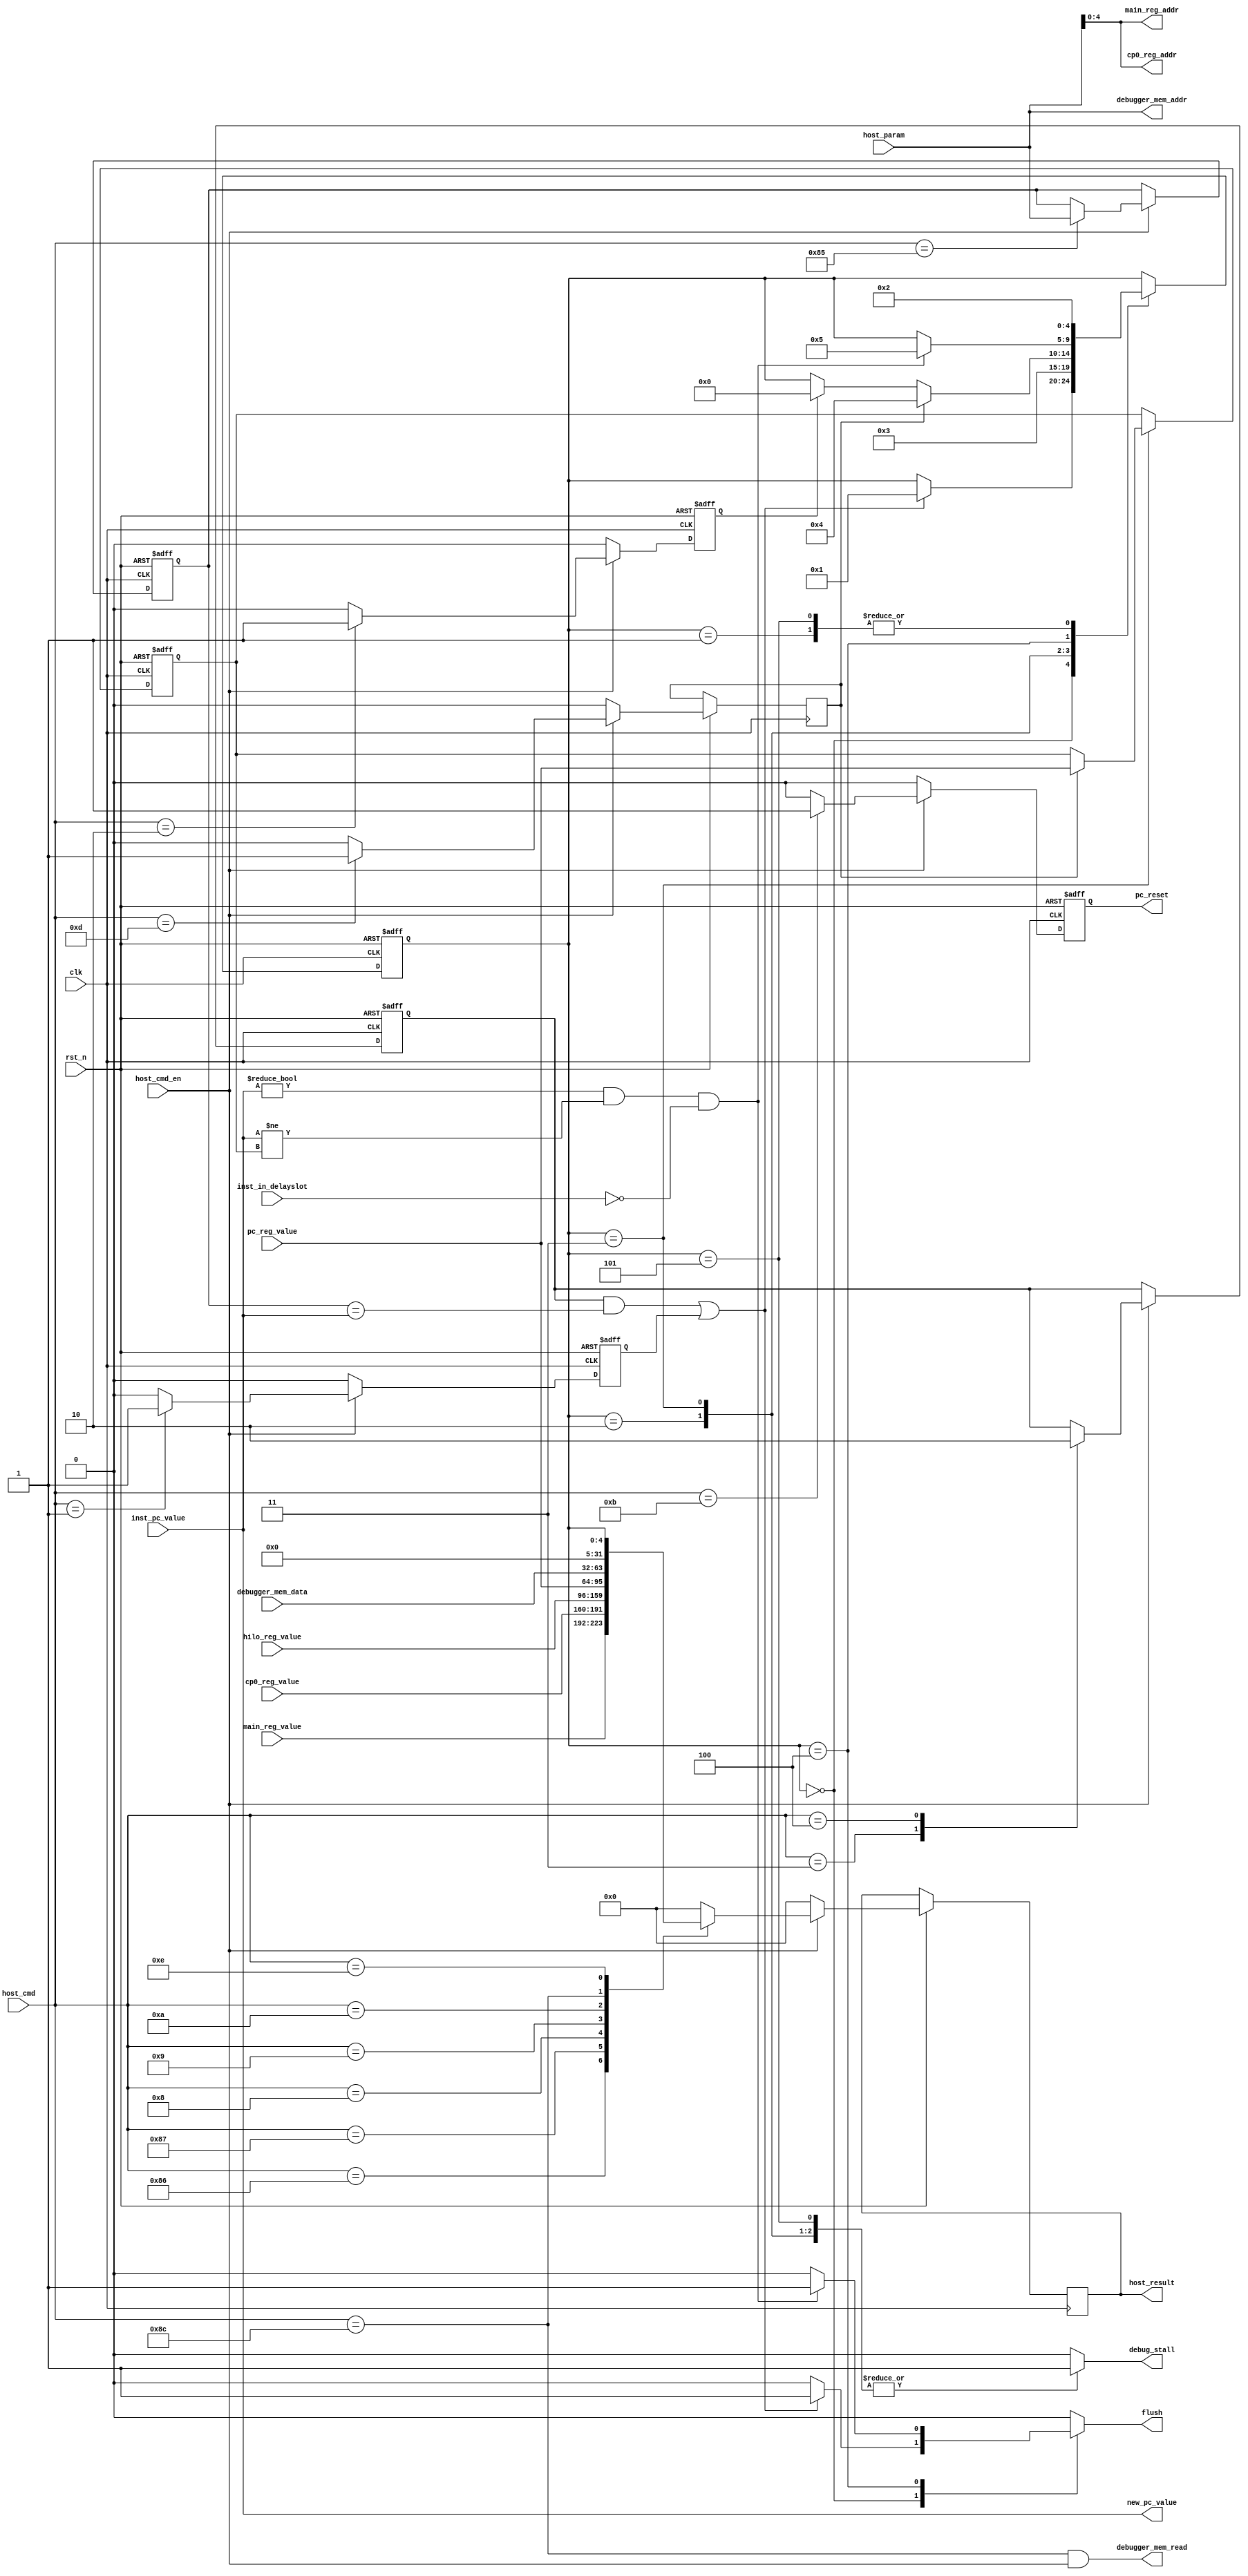
module dbg_ctl (/*autoport*/
//output
            new_pc_value,
            flush,
            debug_stall,
            main_reg_addr,
            cp0_reg_addr,
            pc_reset,
            debugger_mem_read,
            debugger_mem_addr,
            host_result,
//input
            clk,
            rst_n,
            inst_pc_value,
            inst_in_delayslot,
            main_reg_value,
            cp0_reg_value,
            hilo_reg_value,
            pc_reg_value,
            debugger_mem_data,
            host_cmd,
            host_param,
            host_cmd_en);

`define DBG_RUN 5'd0
`define DBG_TRIGGER 5'd1
`define DBG_WAIT_PIPELINE 5'd2
`define DBG_STOPPED 5'd3
`define DBG_STEP 5'd4
`define DBG_STEP_DONE 5'd5

`define CMD_STOP 8'h1
`define CMD_CONT 8'h2
`define CMD_EN_BP 8'h3
`define CMD_DIS_BP 8'h4
`define CMD_SET_BP 8'h85
`define CMD_READ_REG 8'h86
`define CMD_READ_CP0 8'h87
`define CMD_READ_HI 8'h8
`define CMD_READ_LO 8'h9
`define CMD_READ_PC 8'ha
`define CMD_RESET 8'hb
`define CMD_READ_IMEM 8'h8c
`define CMD_STEP 8'h0d
`define CMD_QUERY 8'h0e

input wire clk;
input wire rst_n;

input wire[31:0] inst_pc_value;
input wire inst_in_delayslot;

output wire[31:0] new_pc_value;
output reg flush;

output reg debug_stall;

input wire[31:0] main_reg_value;
output wire[4:0] main_reg_addr;

input wire[31:0] cp0_reg_value;
output wire[4:0] cp0_reg_addr;

input wire[63:0] hilo_reg_value;

input wire[31:0] pc_reg_value;
output reg pc_reset;

output wire debugger_mem_read;
output wire[31:0] debugger_mem_addr;
input wire[31:0] debugger_mem_data;

input wire[7:0] host_cmd;
input wire[31:0] host_param;
input wire host_cmd_en;
output reg[31:0] host_result;

reg[31:0] breakpoint;
reg[31:0] last_pc;
reg breakpoint_en;
reg command_cont, command_stop, command_step;
reg[4:0] dbg_state;

assign cp0_reg_addr = host_param[4:0];
assign main_reg_addr = host_param[4:0];
assign debugger_mem_addr = host_param;
assign debugger_mem_read = host_cmd==`CMD_READ_IMEM && host_cmd_en;

always @(posedge clk or negedge rst_n) begin : proc_host
    if(~rst_n) begin
        breakpoint_en <= 1'b0;
        breakpoint <= 32'hffffffff;
        command_cont <= 1'b0;
        command_stop <= 1'b0;
        pc_reset <= 1'b0;
    end else begin 
        command_cont <= 1'b0;
        command_stop <= 1'b0;
        command_step <= 1'b0;
        host_result <= 32'b0;
        pc_reset <= 1'b0;
        if(host_cmd_en) begin
            $display("Debugger Cmd=%d Param=%d",host_cmd,host_param);
            case (host_cmd)
            `CMD_EN_BP:
                breakpoint_en <= 1'b1;
            `CMD_DIS_BP:
                breakpoint_en <= 1'b0;
            `CMD_SET_BP:
                breakpoint <= host_param;
            `CMD_STOP:
                command_stop <= 1'b1;
            `CMD_CONT:
                command_cont <= 1'b1;
            `CMD_READ_REG:
                host_result <= main_reg_value;
            `CMD_READ_CP0:
                host_result <= cp0_reg_value;
            `CMD_READ_HI:
                host_result <= hilo_reg_value[63:32];
            `CMD_READ_LO:
                host_result <= hilo_reg_value[31:0];
            `CMD_READ_PC:
                host_result <= pc_reg_value;
            `CMD_RESET:
                pc_reset <= 1'b1;
            `CMD_READ_IMEM:
                host_result <= debugger_mem_data;
            `CMD_STEP:
                command_step <= 1'b1;
            `CMD_QUERY:
                host_result <= dbg_state;
            default : /* default */;
            endcase
        end
    end
end

wire breakpoint_trig, single_step_trig;
assign breakpoint_trig = breakpoint_en && breakpoint==inst_pc_value;
assign single_step_trig =    inst_pc_value!=32'h0 &&
                             inst_pc_value!=last_pc &&
                             !inst_in_delayslot;
assign new_pc_value = inst_pc_value;
always @(posedge clk or negedge rst_n) begin 
    if(~rst_n) begin
        dbg_state <= `DBG_RUN;
        last_pc <= 32'b0;
    end else begin
        case (dbg_state)
        `DBG_RUN: begin 
            if(breakpoint_trig || command_stop)begin 
                dbg_state <= `DBG_TRIGGER;
            end
        end
        `DBG_TRIGGER: begin 
            $display("Breakpoint Trigger");
            dbg_state <= `DBG_WAIT_PIPELINE;
        end
        `DBG_WAIT_PIPELINE: begin
            dbg_state <= `DBG_STOPPED;
        end
        `DBG_STOPPED: begin
            if(command_cont)
                dbg_state <= `DBG_RUN;
            if(command_step)begin 
                last_pc <= pc_reg_value;
                dbg_state <= `DBG_STEP;
            end
        end
        `DBG_STEP: begin
            if(single_step_trig)begin 
                dbg_state <= `DBG_STEP_DONE;
            end
        end
        `DBG_STEP_DONE: begin 
            $display("Single Step Done");            
            dbg_state <= `DBG_WAIT_PIPELINE;
        end
        default : /* default */;
        endcase
    end
end
always @(*) begin
    debug_stall <= 1'b0;
    flush <= 1'b0;
    case (dbg_state)
    `DBG_RUN: begin 
        if(breakpoint_trig || command_stop)
            flush <= 1'b1;
    end
    `DBG_TRIGGER: begin 
        debug_stall <= 1'b1;
    end 
    `DBG_WAIT_PIPELINE: begin 
        debug_stall <= 1'b1;
    end 
    `DBG_STOPPED: begin
        debug_stall <= 1'b1;
    end   
    `DBG_STEP: begin
        if(single_step_trig)
            flush <= 1'b1;
    end
    `DBG_STEP_DONE: begin 
        debug_stall <= 1'b1;
    end
    default : /* default */;
    endcase

end
endmodule